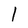
Character: I